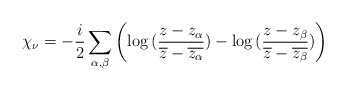
\begin{align*}\chi_{\nu} = -\frac{i}{2} \sum_{\alpha , \beta} \left( \log{(\frac{z-z_{\alpha}}{\overline{z} -\overline{z_{\alpha}}})} - \log{(\frac{z-z_{\beta}}{\overline{z} -\overline{z_{\beta}}})} \right)\end{align*}